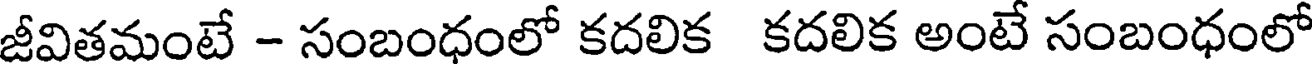
జీవితమంటే - సంబంధంలో కదలిక కదలిక అంటే సంబంధంలో